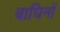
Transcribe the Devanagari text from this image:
बाघिनों